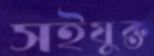
সইযুক্ত